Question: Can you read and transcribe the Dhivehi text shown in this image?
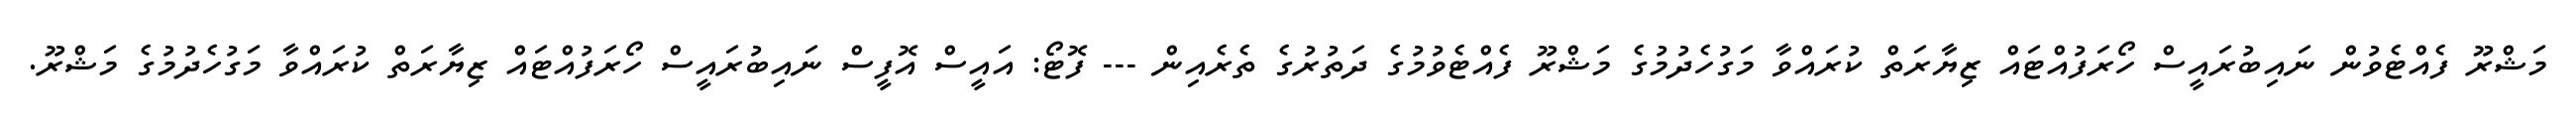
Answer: މަޝްރޫ ފެއްޓެވުން ނައިބުރައީސް ހޯރަފުއްޓައް ޒިޔާރަތް ކުރައްވާ މަގުހެދުމުގެ މަޝްރޫ ފެއްޓެވުމުގެ ދަތުރުގެ ތެރެއިން --- ފޮޓޯ: އައީސް އޮފީސް ނައިބުރައީސް ހޯރަފުއްޓައް ޒިޔާރަތް ކުރައްވާ މަގުހެދުމުގެ މަޝްރޫ.